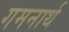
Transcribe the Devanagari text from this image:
गमनार्थ